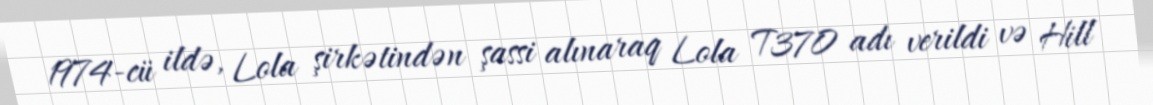
1974-cü ildə, Lola şirkətindən şassi alınaraq Lola T370 adı verildi və Hill